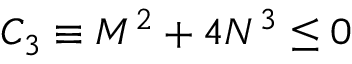
{ \cal { C } } _ { 3 } \equiv { \cal { M } } ^ { 2 } + 4 { \cal { N } } ^ { 3 } \le 0